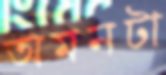
অমনটা